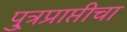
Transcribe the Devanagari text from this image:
पु्त्रप्राप्तीचा